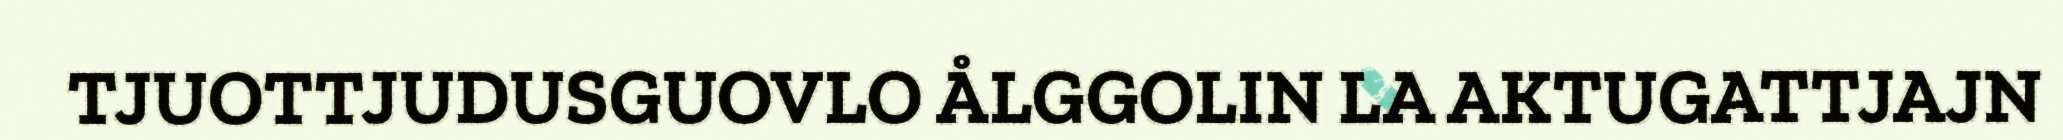
TJUOTTJUDUSGUOVLO ÅLGGOLIN LA AKTUGATTJAJN